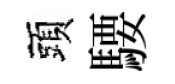
頭騕